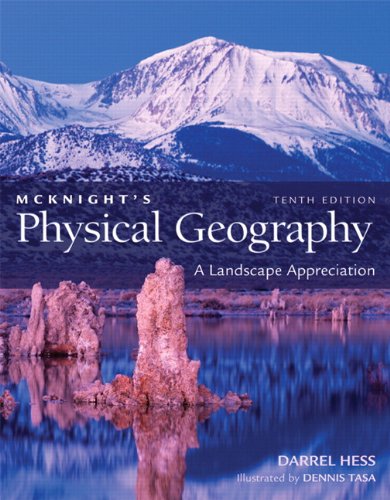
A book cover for McKnight's Physical Geography: A Landscape Appreciation (10th Edition); Darrel Hess; Science & Math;